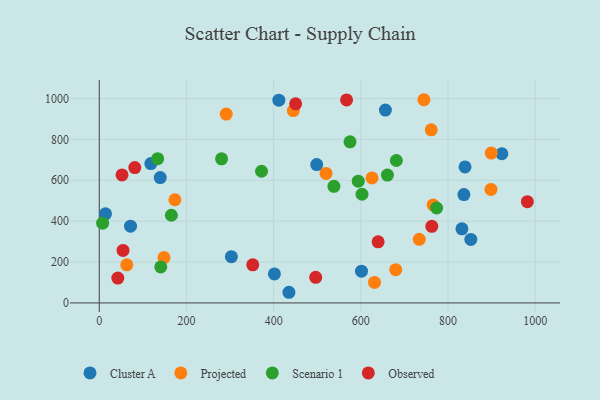
{"axis": {"x": "Study Hours", "y": "Rating"}, "legend": ["Cluster A", "Observed", "Projected", "Scenario 1"], "data": [{"x": "14.3", "y": 435.9, "type": "Cluster A"}, {"x": "601.4", "y": 155.5, "type": "Cluster A"}, {"x": "923.3", "y": 729.4, "type": "Cluster A"}, {"x": "656.3", "y": 943.2, "type": "Cluster A"}, {"x": "411.9", "y": 991.4, "type": "Cluster A"}, {"x": "435.0", "y": 52.1, "type": "Cluster A"}, {"x": "498.7", "y": 676.7, "type": "Cluster A"}, {"x": "831.8", "y": 362.3, "type": "Cluster A"}, {"x": "118.3", "y": 681.3, "type": "Cluster A"}, {"x": "838.9", "y": 665.2, "type": "Cluster A"}, {"x": "401.7", "y": 141.8, "type": "Cluster A"}, {"x": "71.7", "y": 375.5, "type": "Cluster A"}, {"x": "303.0", "y": 226.1, "type": "Cluster A"}, {"x": "852.2", "y": 310.4, "type": "Cluster A"}, {"x": "139.8", "y": 612.9, "type": "Cluster A"}, {"x": "836.3", "y": 529.9, "type": "Cluster A"}, {"x": "173.5", "y": 504.6, "type": "Projected"}, {"x": "733.9", "y": 310.8, "type": "Projected"}, {"x": "625.6", "y": 611.3, "type": "Projected"}, {"x": "291.2", "y": 923.3, "type": "Projected"}, {"x": "148.4", "y": 221.7, "type": "Projected"}, {"x": "899.1", "y": 733.0, "type": "Projected"}, {"x": "63.1", "y": 186.3, "type": "Projected"}, {"x": "520.1", "y": 633.2, "type": "Projected"}, {"x": "761.4", "y": 846.6, "type": "Projected"}, {"x": "445.1", "y": 940.4, "type": "Projected"}, {"x": "744.6", "y": 993.7, "type": "Projected"}, {"x": "898.4", "y": 555.2, "type": "Projected"}, {"x": "680.0", "y": 162.7, "type": "Projected"}, {"x": "765.7", "y": 479.4, "type": "Projected"}, {"x": "631.3", "y": 100.3, "type": "Projected"}, {"x": "538.2", "y": 570.1, "type": "Scenario 1"}, {"x": "681.4", "y": 696.5, "type": "Scenario 1"}, {"x": "133.9", "y": 705.4, "type": "Scenario 1"}, {"x": "602.6", "y": 531.5, "type": "Scenario 1"}, {"x": "7.7", "y": 389.8, "type": "Scenario 1"}, {"x": "594.0", "y": 595.6, "type": "Scenario 1"}, {"x": "372.2", "y": 644.0, "type": "Scenario 1"}, {"x": "660.9", "y": 625.1, "type": "Scenario 1"}, {"x": "165.4", "y": 428.7, "type": "Scenario 1"}, {"x": "280.5", "y": 704.9, "type": "Scenario 1"}, {"x": "575.1", "y": 787.8, "type": "Scenario 1"}, {"x": "773.8", "y": 464.2, "type": "Scenario 1"}, {"x": "141.0", "y": 176.3, "type": "Scenario 1"}, {"x": "52.2", "y": 626.0, "type": "Observed"}, {"x": "352.0", "y": 186.3, "type": "Observed"}, {"x": "762.7", "y": 374.6, "type": "Observed"}, {"x": "54.5", "y": 256.7, "type": "Observed"}, {"x": "450.4", "y": 973.5, "type": "Observed"}, {"x": "639.6", "y": 298.6, "type": "Observed"}, {"x": "42.5", "y": 121.5, "type": "Observed"}, {"x": "496.4", "y": 125.1, "type": "Observed"}, {"x": "81.5", "y": 661.9, "type": "Observed"}, {"x": "567.2", "y": 992.8, "type": "Observed"}, {"x": "981.9", "y": 495.1, "type": "Observed"}]}